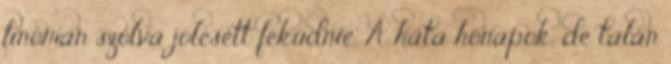
finoman szólva jólesett feküdnie. A háta hónapok, de talán